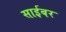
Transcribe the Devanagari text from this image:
साईबर